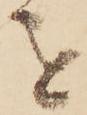
を